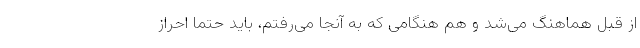
از قبل هماهنگ می‌شد و هم هنگامی که به آنجا می‌رفتم، باید حتماً احراز